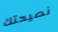
نصيحتك